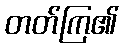
တတ်ကြ၏